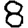
Digit: 8